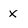
Character: x